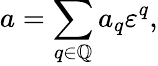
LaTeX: a=\sum_{q\in\mathbb{Q}}a_{q}\varepsilon^{q},